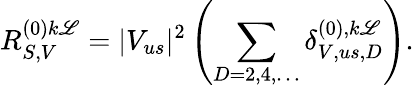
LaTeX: R_{S,V}^{(0)k\mathscr{L}}=|V_{us}|^{2}\left(\sum_{D=2,4,\dots}\delta_{V,us,D}^{(0),k\mathscr{L}}\right).